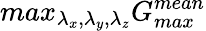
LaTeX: max_{\lambda_{x},\lambda_{y},\lambda_{z}}G_{max}^{mean}